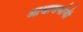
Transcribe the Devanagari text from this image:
आश्वासनांची